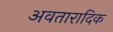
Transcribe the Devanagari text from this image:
अवतारादिक